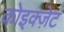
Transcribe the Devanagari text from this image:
कोइक्ज़ेट